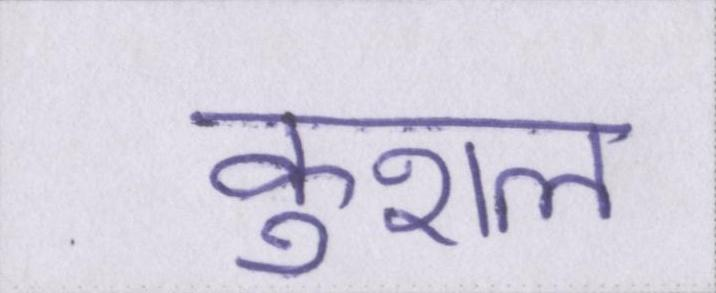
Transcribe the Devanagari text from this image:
कुशल